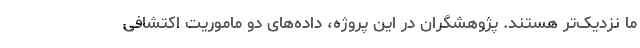
ما نزدیک‌تر هستند. پژوهشگران در این پروژه، داده‌های دو ماموریت اکتشافی